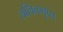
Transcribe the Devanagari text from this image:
ललितगुप्त